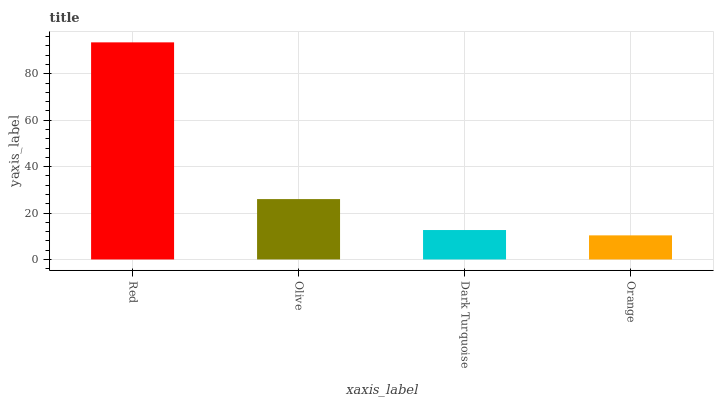
| xaxis_label | bars |
 | --- | --- |
 | Red | 93.6 |
 | Olive | 26 |
 | Dark Turquoise | 12.7 |
 | Orange | 10.4 |